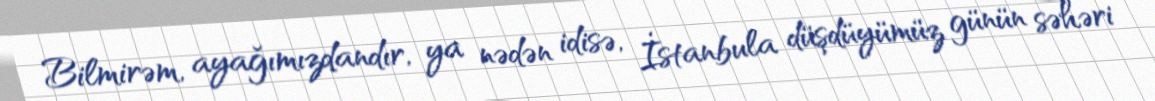
Bilmirəm, ayağımızdandır, ya nədən idisə, İstanbula düşdüyümüz günün səhəri